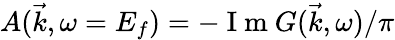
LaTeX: A(\vec{k},\omega=E_{f})=-\mathrm{~I~m~}G(\vec{k},\omega)/\pi